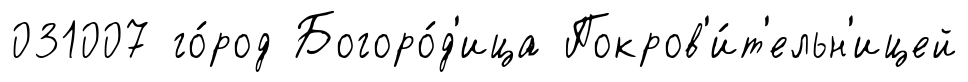
031007 го́род Богоро́д'ица Покров'и́т'ельн'ицей